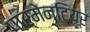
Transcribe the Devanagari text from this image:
पार्मेनटियर